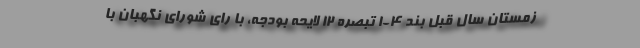
زمستان سال قبل بند ۴-۱ تبصره ۱۲ لایحه بودجه، با رای شورای نگهبان با